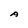
Character: A